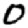
Digit: 0